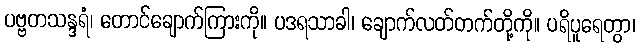
ပဗ္ဗတသန္ဒရံ၊ တောင်ချောက်ကြားကို။ ပဒရသာခါ၊ ချောက်လတ်တက်တို့ကို။ ပရိပူရေတွာ၊